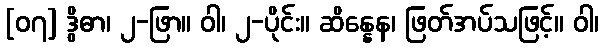
[၀၇] ဒွိဓာ၊ ၂-ဖြာ။ ဝါ၊ ၂-ပိုင်း။ ဆိန္နေန၊ ဖြတ်အပ်သဖြင့်။ ဝါ၊